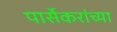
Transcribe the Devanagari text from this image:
पार्सेकरांच्या